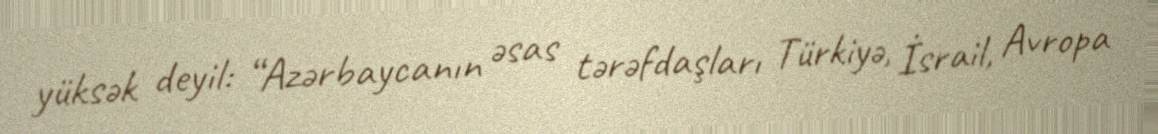
yüksək deyil: “Azərbaycanın əsas tərəfdaşları Türkiyə, İsrail, Avropa